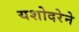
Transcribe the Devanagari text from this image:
यशोदरेने